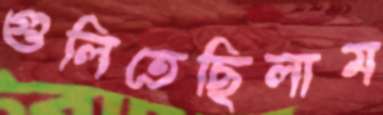
গুলিতেছিলাম